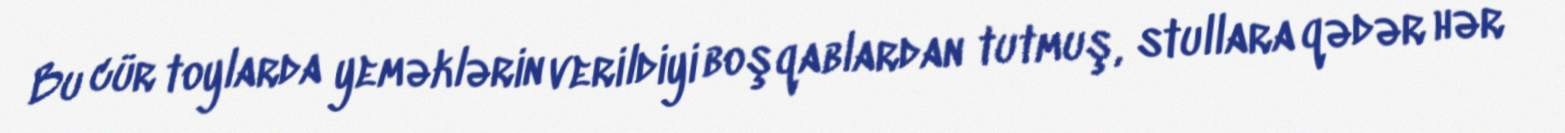
Bu cür toylarda yeməklərin verildiyi boşqablardan tutmuş, stullara qədər hər